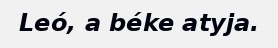
Leó, a béke atyja.